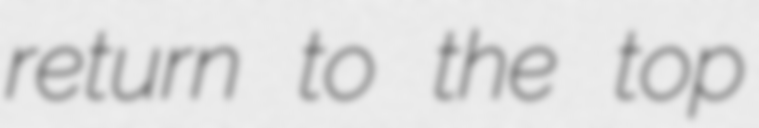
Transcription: return to the top